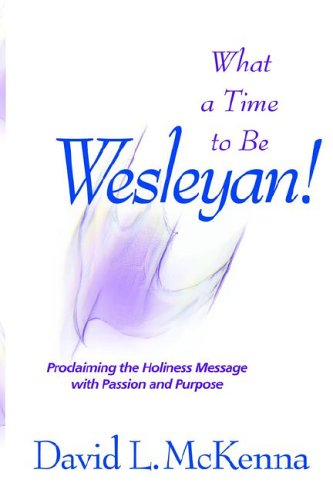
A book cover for What a Time to Be a Wesleyan!; David L. McKenna; Christian Books & Bibles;